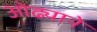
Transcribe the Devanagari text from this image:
ओढ्याने